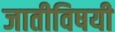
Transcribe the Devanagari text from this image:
जातीविषयी